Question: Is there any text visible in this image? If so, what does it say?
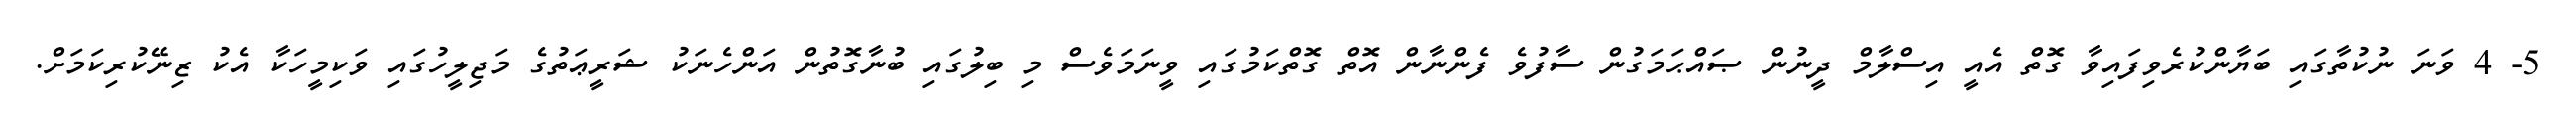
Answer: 5- 4 ވަނަ ނުކުތާގައި ބަޔާންކުރެވިފައިވާ ގޮތް އެއީ އިސްލާމް ދީނުން ޞައްޙަމަގުން ސާފުވެ ފެންނާން އޮތް ގޮތްކަމުގައި ވީނަމަވެސް މި ބިލުގައި ބުނާގޮތުން އަންހެނަކު ޝަރީޢަތުގެ މަޖިލީހުގައި ވަކިމީހަކާ އެކު ޒިނޭކުރިކަމަށް.